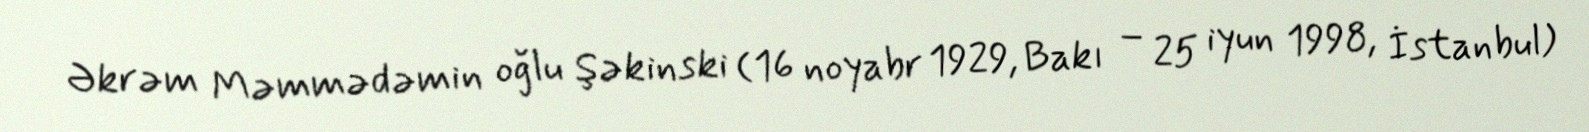
Əkrəm Məmmədəmin oğlu Şəkinski (16 noyabr 1929, Bakı – 25 iyun 1998, İstanbul)